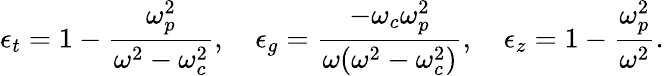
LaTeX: \epsilon_{t}=1-\frac{\omega_{p}^{2}}{\omega^{2}-\omega_{c}^{2}},\quad\epsilon_{g}=\frac{-\omega_{c}\omega_{p}^{2}}{\omega(\omega^{2}-\omega_{c}^{2})},\quad\epsilon_{z}=1-\frac{\omega_{p}^{2}}{\omega^{2}}.